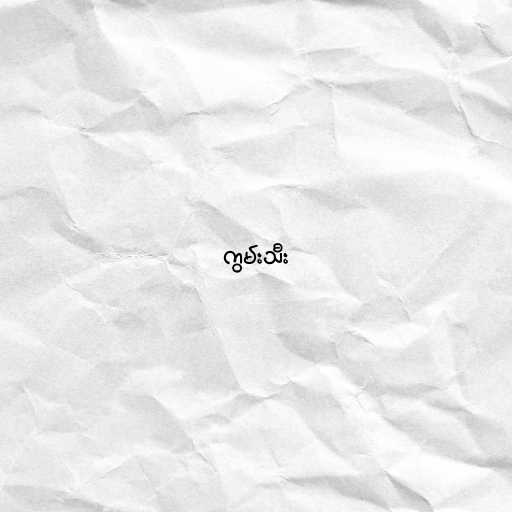
ကွမ်းသီး